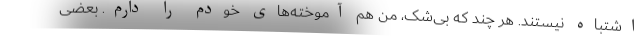
اشتباه نیستند. هر چند که بی‌شک، من هم آموخته‌های خودم را دارم. بعضی